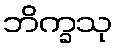
ဘိက္ခသု